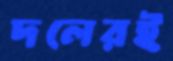
দলেরই